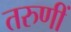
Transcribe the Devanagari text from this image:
तरुणीं